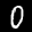
Digit: 0